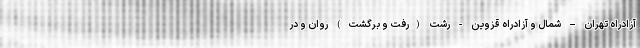
آزادراه تهران – شمال و آزادراه قزوین - رشت (رفت و برگشت) روان و در